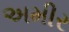
અમીર